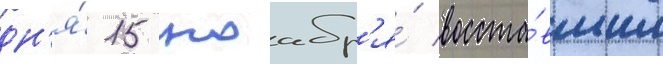
дн'я́ 15 ноабр'я́ восста́вшим